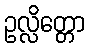
ဥလ္လိတ္တော